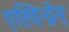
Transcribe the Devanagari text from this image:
एह्दिन्द्नेम्